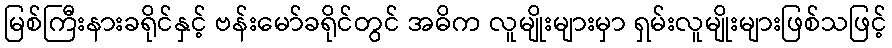
မြစ်ကြီးနားခရိုင်နှင့် ဗန်းမော်ခရိုင်တွင် အဓိက လူမျိုးများမှာ ရှမ်းလူမျိုးများဖြစ်သဖြင့်